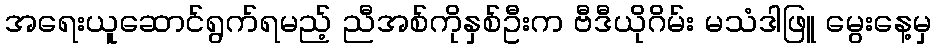
အရေးယူဆောင်ရွက်ရမည့် ညီအစ်ကိုနှစ်ဦးက ဗီဒီယိုဂိမ်း မသံဒါဖြူ မွေးနေ့မှ